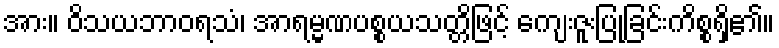
အား။ ဝိသယဘာဝရသံ၊ အာရမ္မဏပစ္စယသတ္တိဖြင့် ကျေးဇူးပြုခြင်းကိစ္စရှိ၏။